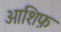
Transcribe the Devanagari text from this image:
आशिफ़